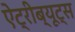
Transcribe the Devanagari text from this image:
ऐट्रीब्यूट्स